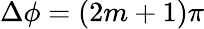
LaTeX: \Delta\phi=(2m+1)\pi